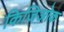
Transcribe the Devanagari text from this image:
किजिओक